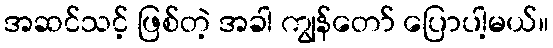
အဆင်သင့် ဖြစ်တဲ့ အခါ ကျွန်တော် ပြောပါ့မယ်။